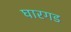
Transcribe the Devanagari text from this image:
घारगड